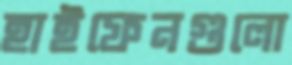
হাইফেনগুলো